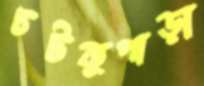
চটকুপাড়া